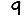
Digit: 9